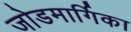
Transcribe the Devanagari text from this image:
जोडमार्गिका